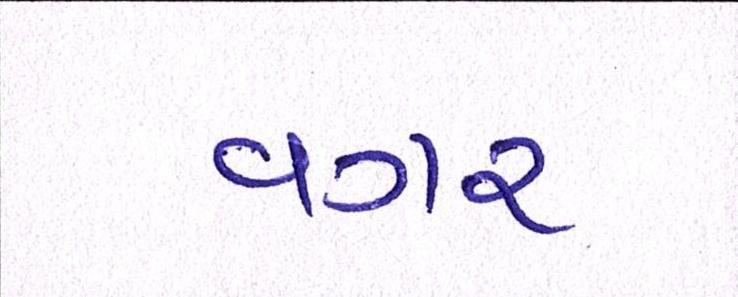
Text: વગર